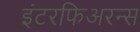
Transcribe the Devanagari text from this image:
इंटरफिअरन्स